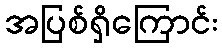
အပြစ်ရှိကြောင်း